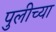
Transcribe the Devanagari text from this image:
पुलीच्या